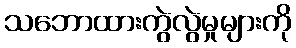
သဘောထားကွဲလွဲမှုများကို